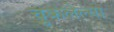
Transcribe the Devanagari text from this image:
चुकलेल्या